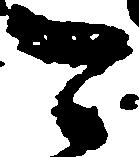
可